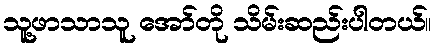
သူ့ဖာသာသူ အော်တို သိမ်းဆည်းပါတယ်။